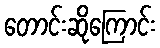
တောင်းဆိုကြောင်း